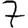
Digit: 7